Sanitation, dispensaries and jails vaccination Rajputana 1922-1927 - 1922-1927
Year: 1922
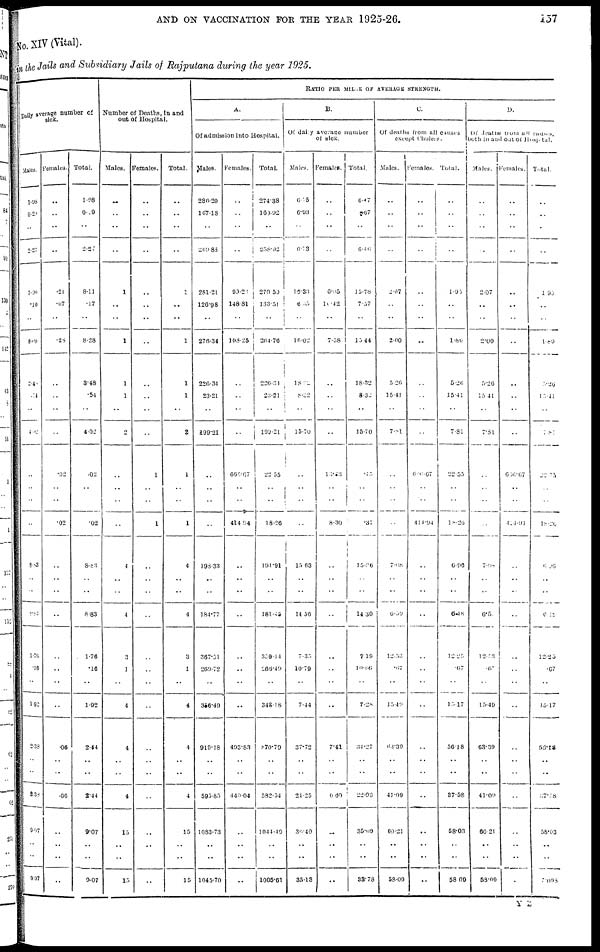
AND ON VACCINATION FOR THE YEAR 1925-26.
157
No. XIV (Vital).
in the Jails and Subsidiary Jails of Rajputana during the year 1925.
Daily average number of
sick.
Males.
1.98
0.29
..
2.27
7.90
.10
..
8.00
3.48
.54
..
4.02
..
..
..
..
8.83
..
..
8.83
1.76
.16
..
1.92
2.38
..
..
2.38
9.07
..
..
9.07
Females.
..
..
..
..
.21
.07
..
.28
..
..
..
..
.02
..
..
.02
..
..
..
..
..
..
..
..
.06
..
..
.06
..
..
..
..
Total.
1.98
0.29
..
2.27
8.11
.17
..
8.28
3.48
.54
..
4.02
.02
..
..
.02
8.83
..
..
8.83
1.76
.16
..
1.92
2.44
..
..
2.44
9.07
..
..
9.07
Number of Deaths, in and
out of Hospital.
Males.
..
..
..
..
1
..
..
1
1
1
..
2
..
..
..
..
4
..
..
4
3
1
..
4
4
..
..
4
15
..
..
15
Females.
..
..
..
..
..
..
..
..
..
..
..
..
1
..
..
1
..
..
..
..
..
..
..
..
..
..
..
..
..
..
..
..
Total.
..
..
..
..
1
..
..
1
1
1
..
2
1
..
..
1
4
..
..
4
3
1
..
4
4
..
..
4
15
..
..
15
RATIO PER MILLE OF AVERAGE STRENGTH.
A.
Of admission into Hospital.
Males.
286.20
167.18
..
269.83
281.21
126.98
..
276.34
226.34
23.21
..
199.21
..
..
..
..
198.33
..
..
184.77
367.51
260.72
..
356.49
919.18
..
..
595.85
1083.73
..
..
1045.70
Females.
..
..
..
..
90.21
148.81
..
108.25
..
..
..
..
666.67
..
..
414.94
..
..
..
..
..
..
..
..
493.83
..
..
440.04
..
..
..
..
Total.
274.38
160.92
..
258.92
270.50
133.51
..
264.76
226.34
23.21
..
109.21
22.55
..
..
18.26
194.91
..
..
181.45
359.44
266.49
..
348.18
870.79
..
..
582.54
1044.49
..
..
1005.61
B.
Of daily average number
of sick.
Males.
0.35
6.93
..
6.13
15.33
6.35
..
16.02
18.22
8.32
..
15.70
..
..
..
..
15.63
..
..
14.36
7.35
10.79
..
7.44
37.72
..
..
24.25
36.40
..
..
35.13
Females.
..
..
..
..
6.95
10.42
..
7.58
..
..
..
..
13.23
..
..
8.30
..
..
..
..
..
..
..
..
7.41
..
..
6.60
..
..
..
..
Total.
6.47
6.67
..
6.46
15.78
7.57
..
15.44
18.32
8.32
..
15.70
.45
..
..
.37
15.26
..
..
14.30
7.19
10.66
..
7.28
34.27
..
..
22.93
35.09
..
..
33.78
C.
Of deaths from all causes
except Cholera.
Males.
..
..
..
..
2.07
..
..
2.00
5.26
15.41
..
7.81
..
..
..
..
7.08
..
..
6.59
12.52
.67
..
15.49
63.39
..
..
41.09
60.21
..
..
58.09
Females.
..
..
..
..
..
..
..
..
..
..
..
..
666.67
..
..
414.94
..
..
..
..
..
..
..
..
..
..
..
..
..
..
..
..
Total.
..
..
..
..
1.95
..
..
1.86
5.26
15.41
..
7.81
22.55
..
..
18.26
6.96
..
..
6.48
12.25
.67
..
15.17
56.18
..
..
37.58
58.03
..
..
58.09
D.
Of deaths from all causes,
both in and out of Hospital.
Males.
..
..
..
..
2.07
..
..
2.00
5.26
15.41
..
7.81
..
..
..
..
7.08
..
..
6.51
12.53
.67
..
15.49
63.39
..
..
41.09
60.21
..
..
58.09
Females.
..
..
..
..
..
..
..
..
..
..
..
..
636.67
..
..
414.94
..
..
..
..
..
..
..
..
..
..
..
..
..
..
..
..
Total.
..
..
..
..
1.95
..
..
1.86
5.26
15.41
..
7.81
22.55
..
..
18.26
6.96
..
..
6.12
12.25
.67
..
15.17
56.13
..
..
37.38
58.03
..
..
3.098
Y Z